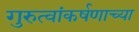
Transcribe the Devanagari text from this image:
गुरुत्वांकर्षणाच्या